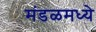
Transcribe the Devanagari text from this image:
मंडळमध्ये